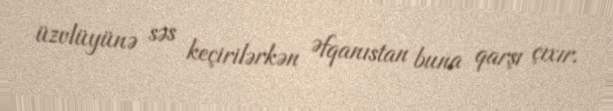
üzvlüyünə səs keçirilərkən Əfqanıstan buna qarşı çıxır.